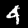
Digit: 4